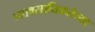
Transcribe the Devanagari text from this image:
व्यावसायिकतेच्या